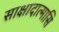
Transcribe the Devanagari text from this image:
साक्षादात्मासि